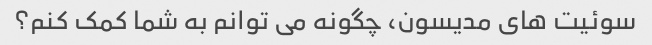
سوئیت های مدیسون، چگونه می توانم به شما کمک کنم؟